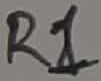
Text: R1